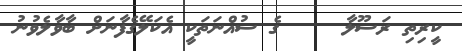
ކީރިތި ރަސޫލާ     ގެ ސުއްނަތަކީ އެކަލޭގެފާނަށް ބާވާލެވުނު